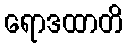
ရောဒထာတိ